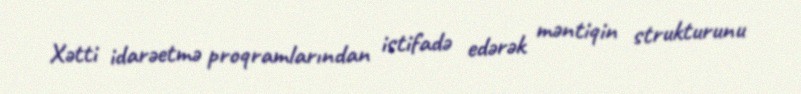
Xətti idarəetmə proqramlarından istifadə edərək məntiqin strukturunu